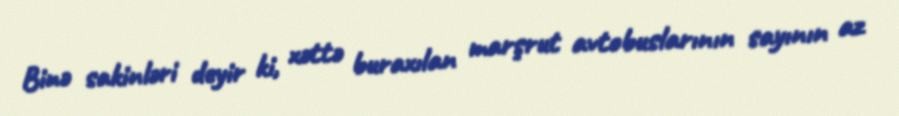
Binə sakinləri deyir ki, xəttə buraxılan marşrut avtobuslarının sayının az